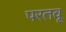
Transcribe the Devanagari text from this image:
परतवू